Indian journal of veterinary science and animal husbandry - Volume 14,
Year: 1944
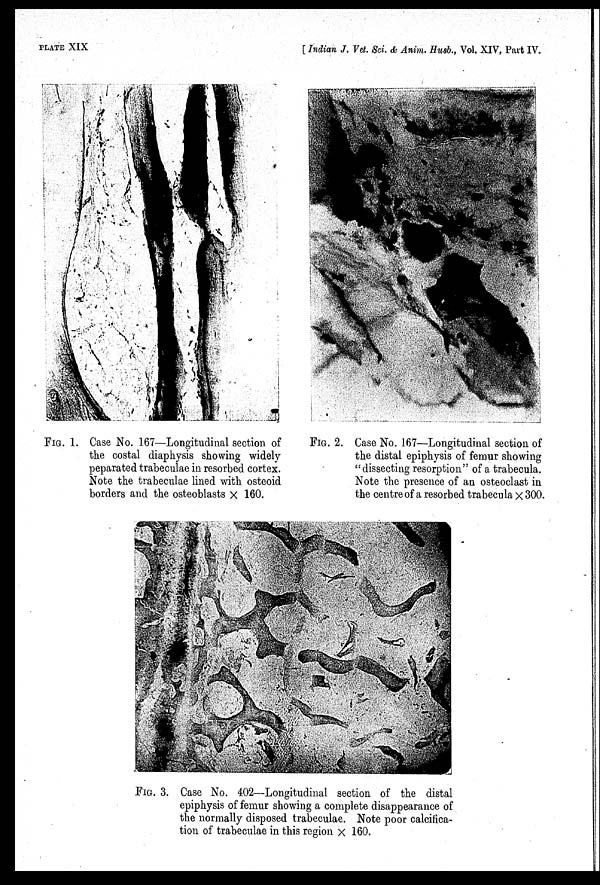
PLATE XIX
[ Indian J. Vet. Sci. & Anim. Husb., Vol. XIV, Part IV.
FIG. 1. Case No. 167—Longitudinal section of
the costal diaphysis showing widely
peparated trabeculae in resorbed cortex.
Note the trabeculae lined with osteoid
borders and the osteoblasts × 160.
FIG. 2. Case No. 167—Longitudinal section of
the distal epiphysis of femur showing
"dissecting resorption" of a trabecula.
Note the presence of an osteoclast in
the centre of a resorbed trabecula × 300.
FIG. 3. Case No. 402—Longitudinal section of the distal
epiphysis of femur showing a complete disappearance of
the normally disposed trabeculae. Note poor calcifica-
tion of trabeculae in this region × 160.